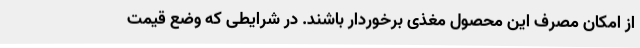
از امکان مصرف این محصول مغذی برخوردار باشند. در شرایطی که وضع قیمت